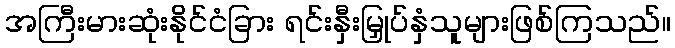
အကြီးမားဆုံးနိုင်ငံခြား ရင်းနှီးမြှုပ်နှံသူများဖြစ်ကြသည်။